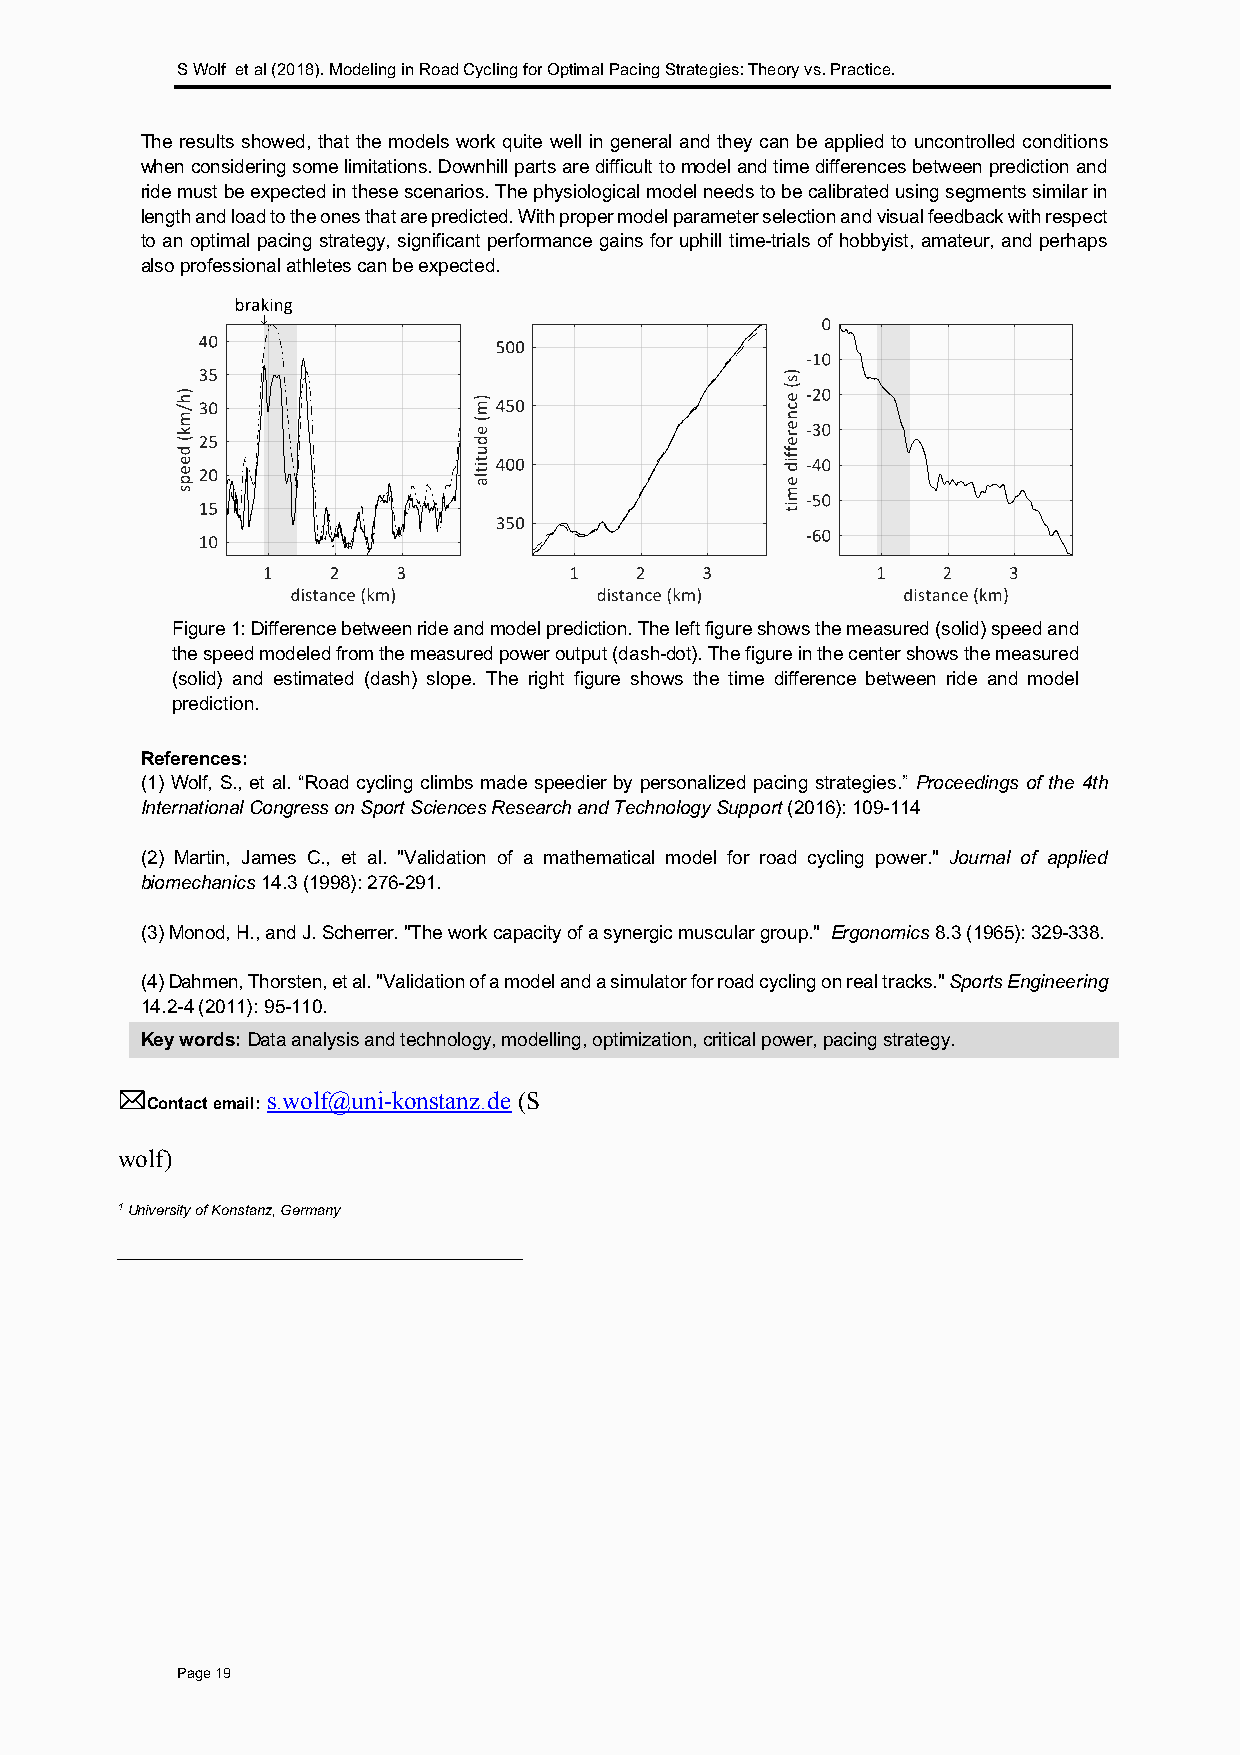
S Wolf et al (2018). Modeling in Road Cycling for Optimal Pacing Strategies: Theory vs. Practice.
 The results showed, that the models work quite well in general and they can be applied to uncontrolled conditions
 when considering some limitations. Downhill parts are difficult to model and time differences between prediction and
 ride must be expected in these scenarios. The physiological model needs to be calibrated using segments similar in
 length and load to the ones that are predicted. With proper model parameter selection and visual feedback with respect
 to an optimal pacing strategy, significant performance gains for uphill time-trials of hobbyist, amateur, and perhaps
 also professional athletes can be expected.
 Figure 1: Difference between ride and model prediction. The left figure shows the measured (solid) speed and
 the speed modeled from the measured power output (dash-dot). The figure in the center shows the measured
 (solid) and estimated (dash) slope. The right figure shows the time difference between ride and model
 prediction.
 References:
 (1) Wolf, S., et al. “Road cycling climbs made speedier by personalized pacing strategies.” Proceedings of the 4th
 International Congress on Sport Sciences Research and Technology Support (2016): 109-114
 (2) Martin, James C., et al. "Validation of a mathematical model for road cycling power." Journal of applied
 biom echanics 14.3 (1998): 276-291.
 (3) Monod, H., and J. Scherrer. "The work capacity of a synergic muscular group." Ergonomics 8.3 (1965): 329-338.
 (4) Dahmen, Thorsten, et al. "Validation of a model and a simulator for road cycling on real tracks." Sports Engineering
 14.2-4 (2011): 95-110.
 Key words: Data analysis and technology, modelling, optimization, critical power, pacing strategy.
 *         s.wolf@uni-konstanz.de (S
 Contact email:
 wolf)
 1 University of Konstanz, Germany
 __________________________________________________
 Page 19